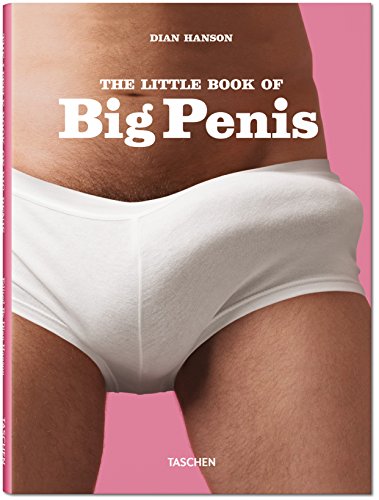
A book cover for The Little Book of Big Penis; Arts & Photography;